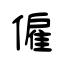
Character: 僱